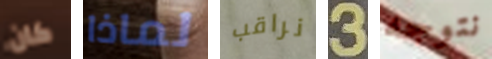
كان لماذا نراقب 3 نتوجه